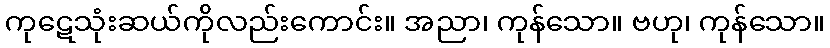
ကုဋေသုံးဆယ်ကိုလည်းကောင်း။ အညာ၊ ကုန်သော။ ဗဟု၊ ကုန်သော။